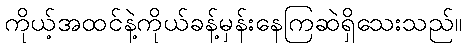
ကိုယ့်အထင်နဲ့ကိုယ်ခန့်မှန်းနေကြဆဲရှိသေးသည်။